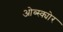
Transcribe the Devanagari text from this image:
ओब्स्क्योर